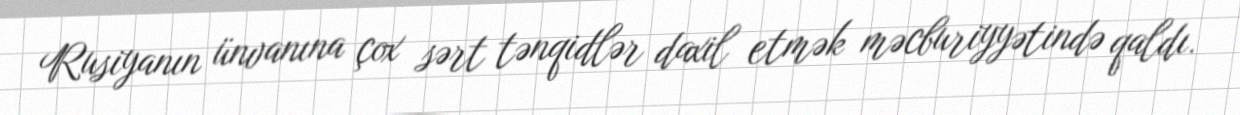
Rusiyanın ünvanına çox sərt tənqidlər daxil etmək məcburiyyətində qaldı.